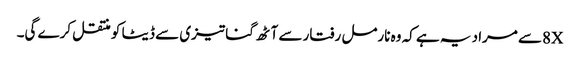
8Xسے مراد یہ ہے کہ وہ نارمل رفتار سے آٹھ گنا تیزی سے ڈیٹا کو منتقل کرے گی۔